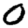
Digit: 0